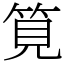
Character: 筧